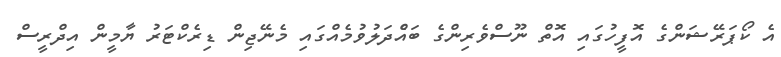
އެ ކޯޕަރޭޝަންގެ އޮފީހުގައި އޮތް ނޫސްވެރިންގެ ބައްެދަލުވުމެއްގައި މެނޭޖިން ޑިރެކްޓަރު ޔާމީން އިދްރީސް